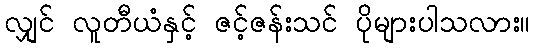
လျှင် လူတီယံနှင့် ဇင့်ဇန်းသင် ပိုများပါသလား။